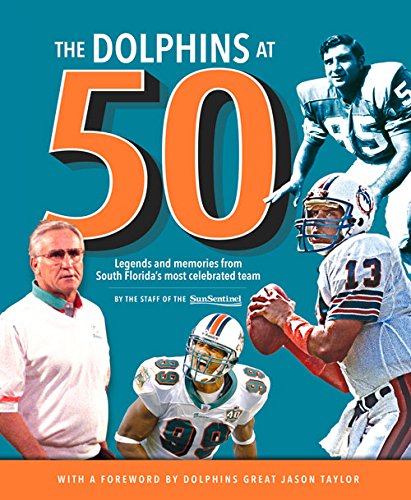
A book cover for The Dolphins at 50: Legends and Memories from South Florida's Most Celebrated Team; Sun-Sentinel; Sports & Outdoors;